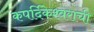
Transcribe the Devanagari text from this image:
कपर्दिकेश्वराची